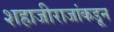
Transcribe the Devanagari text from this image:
शहाजीराजांकडून